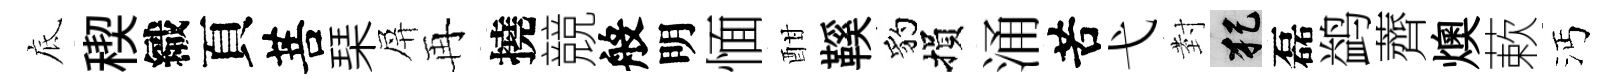
底稧織頁菩琹屏再撓競般明愐酣鞵豹損涌苦弋𭔹犯磊鹢薺燠蔌沔